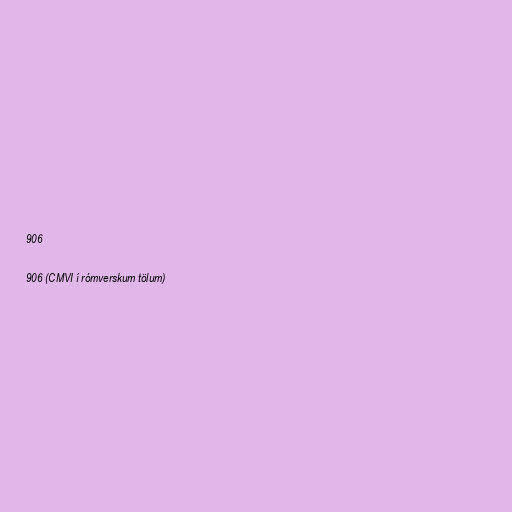
906

906 (CMVI í rómverskum tölum)